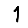
Digit: 1